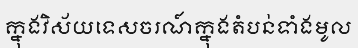
ក្នុងវិស័យទេសចរណ៍ក្នុងតំបន់ទាំងមូល